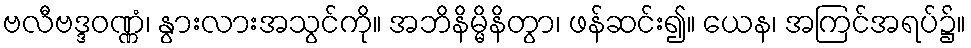
ဗလီဗဒ္ဒဝဏ္ဏံ၊ နွားလားအသွင်ကို။ အဘိနိမ္မိနိတွာ၊ ဖန်ဆင်း၍။ ယေန၊ အကြင်အရပ်၌။